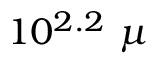
1 0 ^ { 2 . 2 } ~ \mu